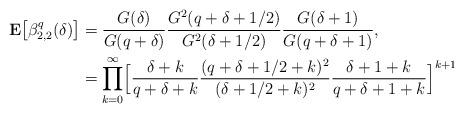
LaTeX: \begin{align*}{\bf E}\bigl[\beta_{2,2}^q(\delta)\bigr] & = \frac{G(\delta)}{G(q+\delta)}\frac{G^2(q+\delta+1/2)}{G^2(\delta+1/2)}\frac{G(\delta+1)}{G(q+\delta+1)}, \\& = \prod\limits_{k=0}^\infty \Bigl[\frac{\delta+k}{q+\delta+k} \frac{(q+\delta+1/2+k)^2}{(\delta+1/2+k)^2} \frac{\delta+1+k}{q+\delta+1+k}\Bigr]^{k+1}\end{align*}